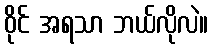
ဝိုင် အရသာ ဘယ်လိုလဲ။